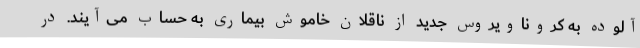
آلوده به کروناویروس جدید از ناقلان خاموش بیماری به حساب می‌آیند. در